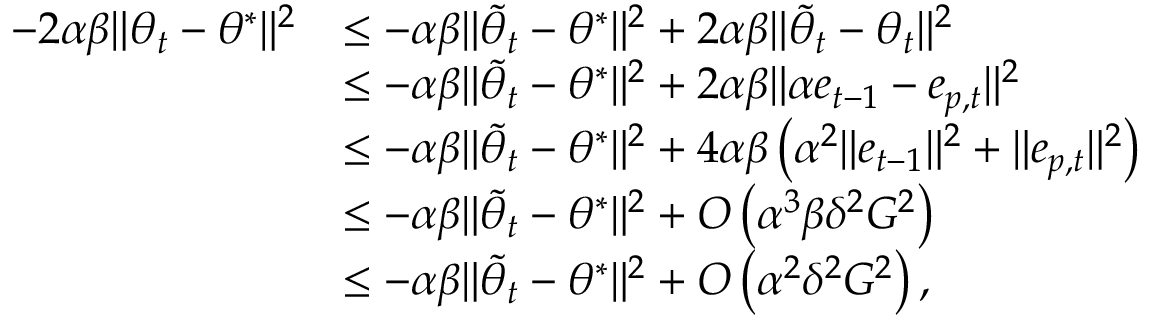
\begin{array} { r l } { - 2 \alpha \beta \Vert { { \theta } _ { t } } - { \theta ^ { * } } \Vert ^ { 2 } } & { \leq - \alpha \beta \Vert { \tilde { \theta } _ { t } } - { \theta ^ { * } } \Vert ^ { 2 } + 2 \alpha \beta \Vert \tilde { \theta } _ { t } - \theta _ { t } \Vert ^ { 2 } } \\ & { \leq - \alpha \beta \Vert { \tilde { \theta } _ { t } } - { \theta ^ { * } } \Vert ^ { 2 } + 2 \alpha \beta \Vert \alpha e _ { t - 1 } - e _ { p , t } \Vert ^ { 2 } } \\ & { \leq - \alpha \beta \Vert { \tilde { \theta } _ { t } } - { \theta ^ { * } } \Vert ^ { 2 } + 4 \alpha \beta \left( \alpha ^ { 2 } \Vert e _ { t - 1 } \Vert ^ { 2 } + \Vert e _ { p , t } \Vert ^ { 2 } \right) } \\ & { \leq - \alpha \beta \Vert { \tilde { \theta } _ { t } } - { \theta ^ { * } } \Vert ^ { 2 } + O \left( \alpha ^ { 3 } \beta \delta ^ { 2 } G ^ { 2 } \right) } \\ & { \leq - \alpha \beta \Vert { \tilde { \theta } _ { t } } - { \theta ^ { * } } \Vert ^ { 2 } + O \left( \alpha ^ { 2 } \delta ^ { 2 } G ^ { 2 } \right) , } \end{array}